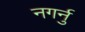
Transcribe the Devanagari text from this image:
नगर्नु